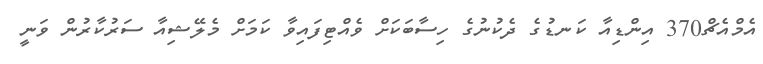
އެމްއެޗް370 އިންޑިއާ ކަނޑުގެ ދެކުނުގެ ހިސާބަކަށް ވެއްޓިފައިވާ ކަމަށް މެލޭޝިއާ ސަރުކާރުން ވަނީ